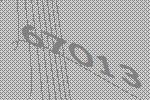
67013